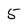
Character: 5